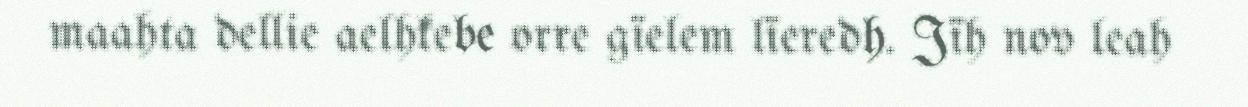
maahta dellie aelhkebe orre gïelem lïeredh. Jïh nov leah